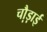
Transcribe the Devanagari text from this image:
चौ़ड़ाई